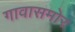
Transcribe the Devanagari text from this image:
गावासमोर